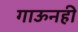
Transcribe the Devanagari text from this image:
गाऊनही